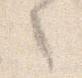
之